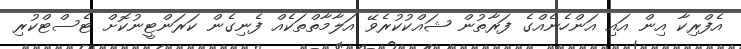
އެފްރިކާ އިން އައި އަންހެނެއްގެ ފަރާތުން ޝައްކުކުރެވޭ އަލާމާތްތަކެއް ފެނިގެން ކަރަންޓީނުކޮށް ޓެސްޓްކުރި